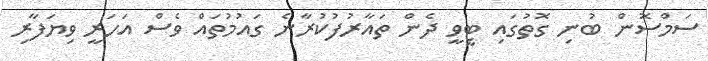
ސަމްސޮން ބުނި ގޮތުގައި ޓީވީ ދެން ތައާރުފުކުރާނެ ގައުމުތައް ވެސް އަހަރީ ވިޔަފާރި